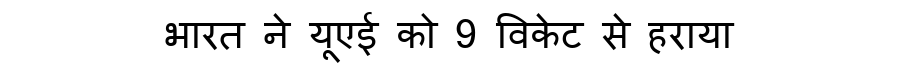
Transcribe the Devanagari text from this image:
भारत ने यूएई को 9 विकेट से हराया